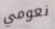
نعومي